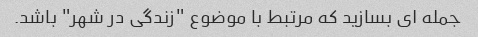
جمله ای بسازید که مرتبط با موضوع "زندگی در شهر" باشد.